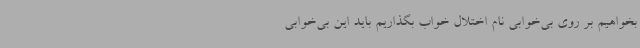
بخواهیم بر روی بی‌خوابی نام اختلال خواب بگذاریم باید این بی‌خوابی